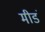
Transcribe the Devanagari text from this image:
मीडं